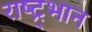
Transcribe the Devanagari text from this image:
राष्ट्र्भान